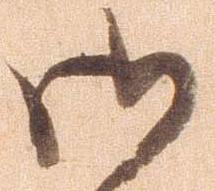
御